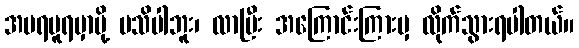
အမရပူရမှာမို့ မသိပါဘူး၊ လာပြီး အကြောင်းကြားမှ လိုက်သွားရပါတယ်။